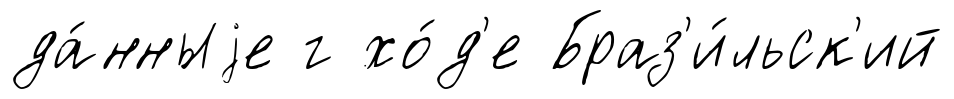
да́нныjе г хо́д'е Браз'и́льск'ий